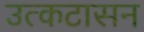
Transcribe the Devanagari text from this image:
उत्कटासन